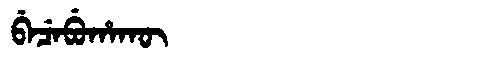
Manchu: ᠪᡝᠴᡝᠪᡠᡥᠠᡴᡡ
Romanization: BECEBUHAKŪ